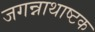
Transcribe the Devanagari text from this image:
जगन्नाथाष्टक